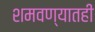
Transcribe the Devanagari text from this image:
शमवण्यातही